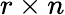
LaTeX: r\times n